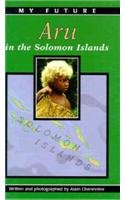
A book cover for Aru in the Solomon Islands (My Future); Alain Cheneviere; Children's Books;